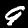
Digit: 9